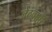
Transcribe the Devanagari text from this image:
जेठवानी